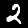
Digit: 2